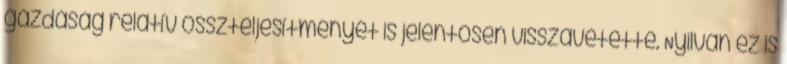
gazdaság relatív összteljesítményét is jelentősen visszavetette. Nyilván ez is